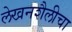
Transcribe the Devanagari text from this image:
लेखनशैलीचा